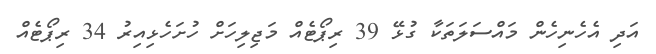
އަދި އެހެނިހެން މައްސަލަތަކާ ގުޅޭ 39 ރިޕޯޓެއް މަޖިލިހަށް ހުށަހެޅިއިރު 34 ރިޕޯޓެއް